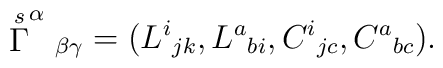
\stackrel{s}{\Gamma }^\alpha {}_{\beta \gamma}=(L^i{}_{jk},L^a{}_{bi},C^i{}_{jc},C^a{}_{bc}).